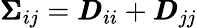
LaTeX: \pmb{\Sigma}_{ij}=\pmb{D}_{ii}+\pmb{D}_{jj}